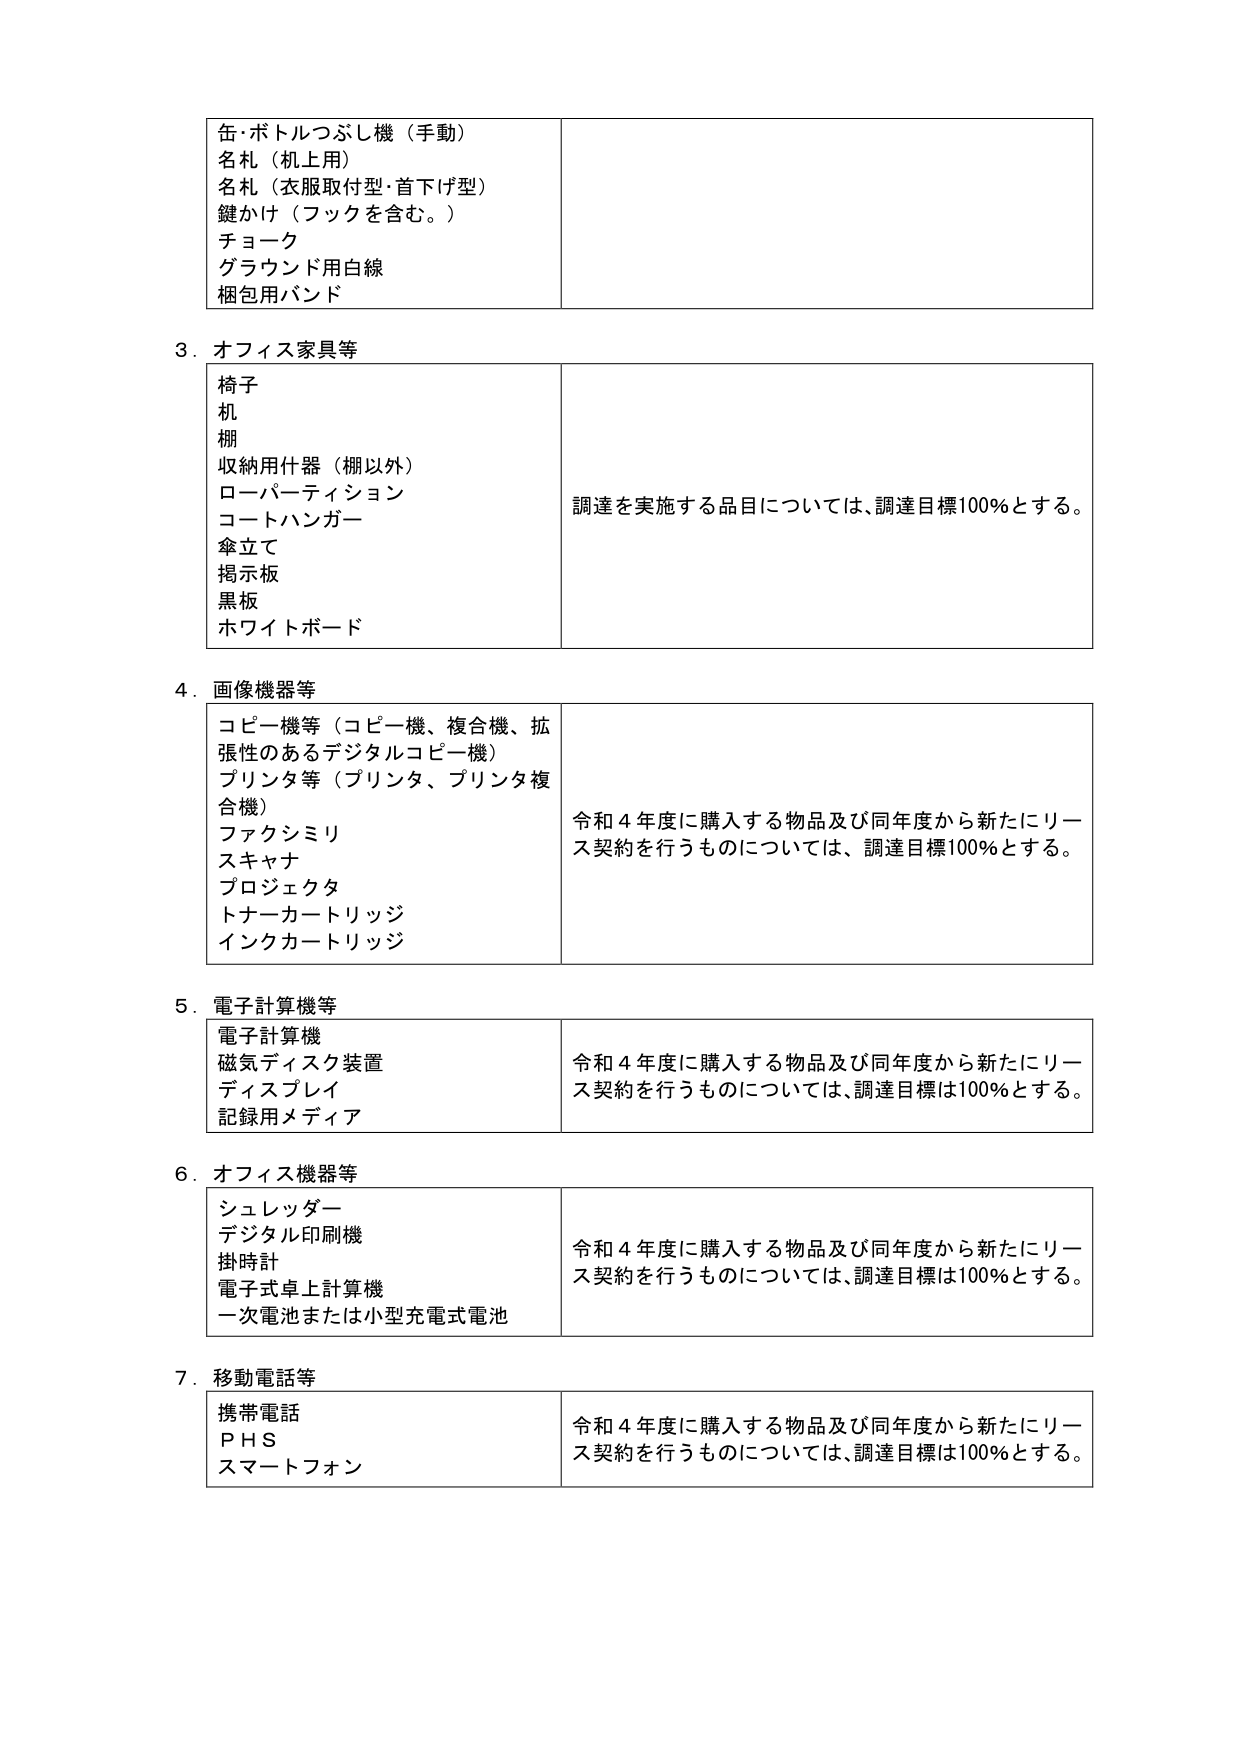
缶・ボトルつぶし機（手動）
名札（机上用）
名札（衣服取付型・首下げ型）
鍵かけ（フックを含む。）
チョーク
グラウンド用白線
梱包用バンド

3．オフィス家具等
椅子
机
棚
収納用什器（棚以外）
ローパーティション
コートハンガー
傘立て
掲示板
黒板
ホワイトボード
調達を実施する品目については、調達目標100％とする。

4．画像機器等
コピー機等（コピー機、複合機、拡張性のあるデジタルコピー機）
プリンタ等（プリンタ、プリンタ複合機）
ファクシミリ
スキャナ
プロジェクタ
トナーカートリッジ
インクカートリッジ
令和4年度に購入する物品及び同年度から新たにリース契約を行うものについては、調達目標は100％とする。

5．電子計算機等
電子計算機
磁気ディスク装置
ディスプレイ
記録用メディア
令和4年度に購入する物品及び同年度から新たにリース契約を行うものについては、調達目標は100％とする。

6．オフィス機器等
シュレッダー
デジタル印刷機
掛時計
電子式卓上計算機
一次電池または小型充電式電池
令和4年度に購入する物品及び同年度から新たにリース契約を行うものについては、調達目標は100％とする。

7．移動電話等
携帯電話
ＰＨＳ
スマートフォン
令和4年度に購入する物品及び同年度から新たにリース契約を行うものについては、調達目標は100％とする。